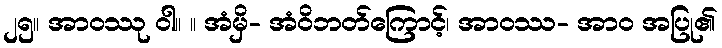
၂၅။ အာဝဿု ဝါ။ ။ အံမှိ- အံဝိဘတ်ကြောင့်၊ အာဝဿ- အာဝ အပြု၏